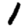
Digit: 1